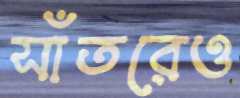
সাঁতরেও